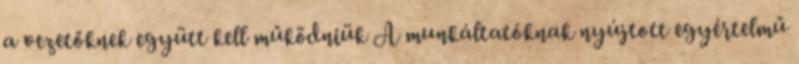
a vezetőknek együtt kell működniük A munkáltatóknak nyújtott egyértelmű